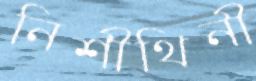
নিশীথিনী